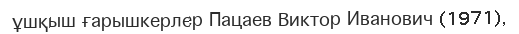
ұшқыш ғарышкерлер Пацаев Виктор Иванович (1971),